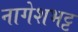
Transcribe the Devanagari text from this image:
नागेशभट्ट